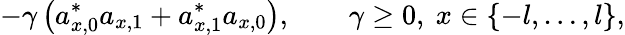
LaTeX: -\gamma\left(a_{x,0}^{\ast}a_{x,1}+a_{x,1}^{\ast}a_{x,0}\right),\qquad\gamma\geq 0,\ x\in\left\{ -l,\ldots,l\right\} ,